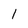
Character: l